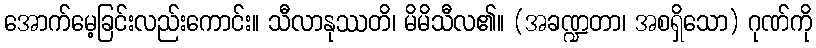
အောက်မေ့ခြင်းလည်းကောင်း။ သီလာနုဿတိ၊ မိမိသီလ၏။ (အခဏ္ဍတာ၊ အစရှိသော) ဂုဏ်ကို